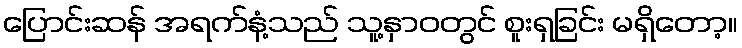
ပြောင်းဆန် အရက်နံ့သည် သူ့နှာဝတွင် စူးရှခြင်း မရှိတော့။